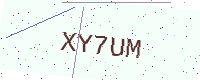
Text: XY7UM